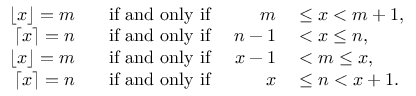
\begin{array} { r l r l } { \lfloor x \rfloor = m } & { { } \; \; { \mathrm { ~ i f ~ a n d ~ o n l y ~ i f ~ } } } & { m } & { { } \leq x < m + 1 , } \\ { \lceil x \rceil = n } & { { } \; \; { \mathrm { ~ i f ~ a n d ~ o n l y ~ i f ~ } } } & { n - 1 } & { { } < x \leq n , } \\ { \lfloor x \rfloor = m } & { { } \; \; { \mathrm { ~ i f ~ a n d ~ o n l y ~ i f ~ } } } & { x - 1 } & { { } < m \leq x , } \\ { \lceil x \rceil = n } & { { } \; \; { \mathrm { ~ i f ~ a n d ~ o n l y ~ i f ~ } } } & { x } & { { } \leq n < x + 1 . } \end{array}